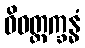
ဝိဝတ္တက္ခန္ဓံ